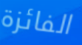
الفائزة